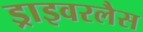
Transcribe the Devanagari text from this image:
ड्राइवरलैस